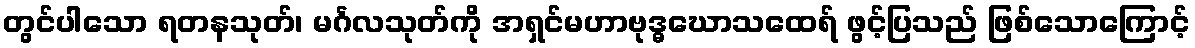
တွင်ပါသော ရတနသုတ်၊ မင်္ဂလသုတ်ကို အရှင်မဟာဗုဒ္ဓဃောသထေရ် ဖွင့်ပြသည် ဖြစ်သောကြောင့်